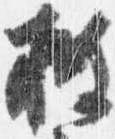
披